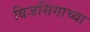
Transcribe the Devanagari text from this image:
बिजसिंगाच्या